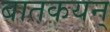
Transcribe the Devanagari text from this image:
बातकयन्